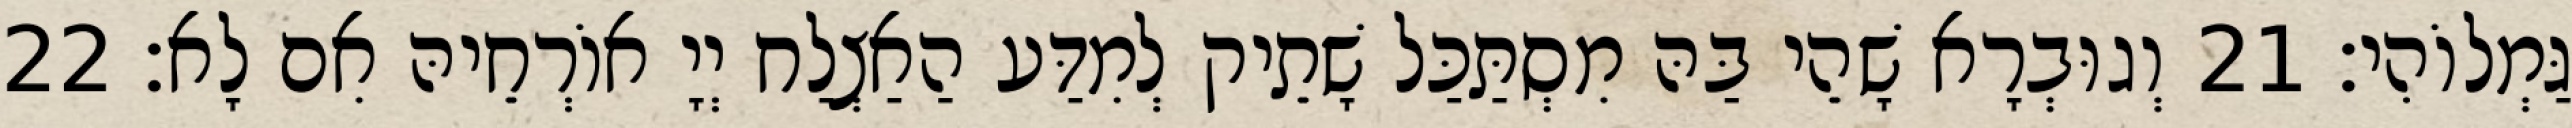
גַּמְלוֹהִי׃ 21 וְגוּבְרָא שָׁהֵי בַּהּ מִסְתַּכַּל שָׁתֵיק לְמִדַּע הַאַצְלַח יְיָ אוֹרְחֵיהּ אִם לָא׃ 22